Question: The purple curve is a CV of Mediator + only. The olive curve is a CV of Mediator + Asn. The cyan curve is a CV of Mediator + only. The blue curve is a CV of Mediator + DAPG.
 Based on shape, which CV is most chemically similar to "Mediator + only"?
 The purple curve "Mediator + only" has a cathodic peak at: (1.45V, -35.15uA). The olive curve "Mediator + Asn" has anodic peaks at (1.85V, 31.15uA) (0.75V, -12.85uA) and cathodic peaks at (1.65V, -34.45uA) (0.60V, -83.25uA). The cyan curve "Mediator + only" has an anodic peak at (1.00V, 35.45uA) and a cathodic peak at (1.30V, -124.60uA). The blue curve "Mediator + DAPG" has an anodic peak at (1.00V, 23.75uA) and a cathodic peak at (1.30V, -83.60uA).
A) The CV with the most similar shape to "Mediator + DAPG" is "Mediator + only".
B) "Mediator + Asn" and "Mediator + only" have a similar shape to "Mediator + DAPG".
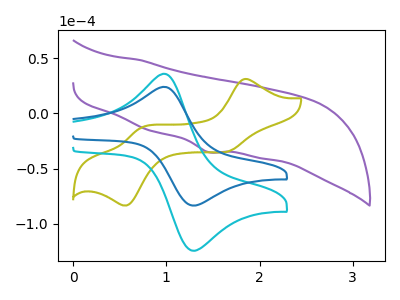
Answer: <think>"Mediator + only" and "Mediator + Asn" have a different number of peaks. "Mediator + only" and "Mediator + only" have a different number of peaks. "Mediator + only" and "Mediator + DAPG" have a different number of peaks. "Mediator + Asn" and "Mediator + only" have a different number of peaks. "Mediator + Asn" and "Mediator + DAPG" have a different number of peaks. All the peaks in "Mediator + only" have a peak in "Mediator + DAPG" at the same potential. Every peak in "Mediator + only" is higher than every peak in "Mediator + DAPG".
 </think>
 <answer>A) The CV with the most similar shape to "Mediator + DAPG" is "Mediator + only".</answer>
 <eval>A</eval>